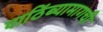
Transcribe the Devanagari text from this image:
पाठिंब्यामागची